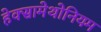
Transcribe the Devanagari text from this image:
हेक्सामेथोनियम